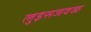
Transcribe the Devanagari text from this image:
लुइसजवळ